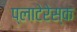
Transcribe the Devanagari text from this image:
प्लाटेरेस्क